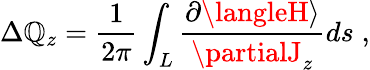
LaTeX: \Delta\mathbb{Q}_{z}=\frac{{1}}{{2\pi}}\int_{L}\frac{{\partial\langleH\rangle}}{{\partialJ_{z}}}ds\; ,